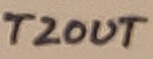
Text: T2OUT